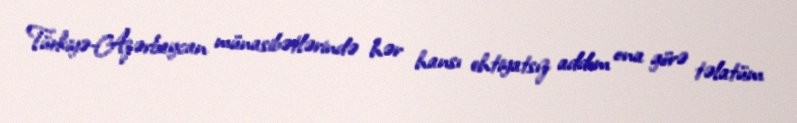
Türkiyə-Azərbaycan münasibətlərində hər hansı ehtiyatsız addım ona görə təlatüm